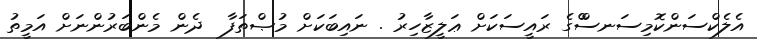
އެލެކްސަންކޮމިސަނސްްގެ ރައީސަކަށް ޢަލީޒާހިރު . ނައިބަކަށް މުޞްތަފާ  ދެން މެންބަރުންނަށް އަމީތު